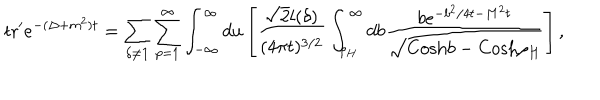
\mathrm { t r } ^ { \prime } e ^ { - ( \Delta + m ^ { 2 } ) t } = \sum _ { \delta \neq { \bf 1 } } \sum _ { p = 1 } ^ { \infty } \int _ { - \infty } ^ { \infty } d u \left[ { \frac { { \sqrt { 2 } } l ( \delta ) } { ( 4 \pi t ) ^ { 3 / 2 } } } \int _ { \rho _ { H } } ^ { \infty } d b { \frac { b e ^ { - b ^ { 2 } / 4 t - M ^ { 2 } t } } { { \sqrt { \mathrm { C o s h } b - \mathrm { C o s h } \rho _ { H } } } } } \right] ,